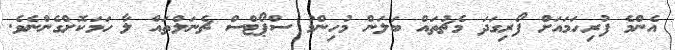
އެންމެ ފުރިހަމައަށް ފޯރިގަދަ މެޗުތައް ބަލަން މުހިންމު ސްޕޯޓްސް ޗެނަލްތައް ލާ ހަމަކޮށްގެންނެވެ.